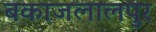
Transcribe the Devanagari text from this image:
बकाजलालपुर